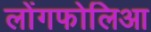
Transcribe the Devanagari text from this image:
लोंगफोलिआ